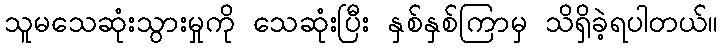
သူမသေဆုံးသွားမှုကို သေဆုံးပြီး နှစ်နှစ်ကြာမှ သိရှိခဲ့ရပါတယ်။